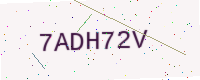
Text: 7ADH72V